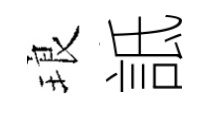
琅詆